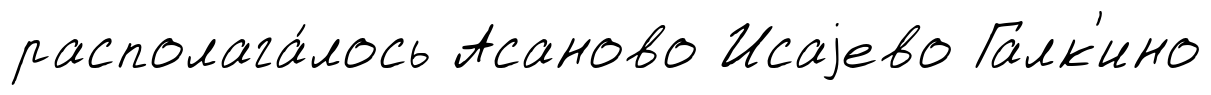
располага́лось Асаново Исаjево Галк'ино